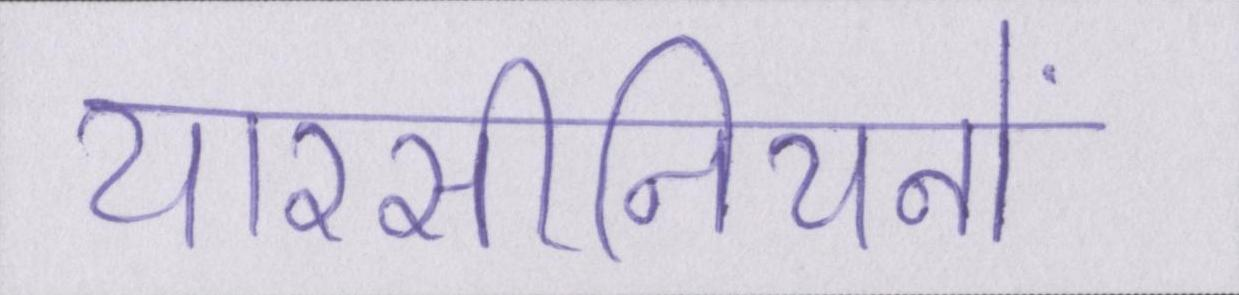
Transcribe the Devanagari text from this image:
यारसीनियनों